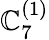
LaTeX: {\mathbb{C}}_{7}^{(1)}